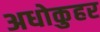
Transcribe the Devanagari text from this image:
अधोकुहर